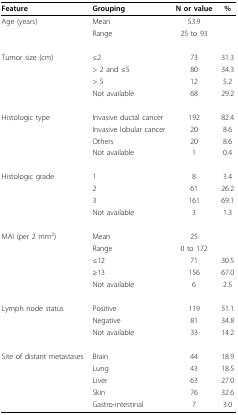
| Feature | Grouping | N or value | % |
 | --- | --- | --- | --- |
 | Age (years) | Mean | 53.9 |  |
 |  | Range | 25 to 93 |  |
 | Tumor size (cm) | ≤2 | 73 | 31.3 |
 |  | > 2 and ≤5 | 80 | 34.3 |
 |  | > 5 | 12 | 5.2 |
 |  | Not available | 68 | 29.2 |
 | Histologic type | Invasive ductal cancer | 192 | 82.4 |
 |  | Invasive lobular cancer | 20 | 8.6 |
 |  | Others | 20 | 8.6 |
 |  | Not available | 1 | 0.4 |
 | Histologic grade | 1 | 8 | 3.4 |
 |  | 2 | 61 | 26.2 |
 |  | 3 | 161 | 69.1 |
 |  | Not available | 3 | 1.3 |
 | MAI (per 2 mm2) | Mean | 25 |  |
 |  | Range | 0 to 172 |  |
 |  | ≤12 | 71 | 30.5 |
 |  | ≥13 | 156 | 67.0 |
 |  | Not available | 6 | 2.5 |
 | Lymph node status | Positive | 119 | 51.1 |
 |  | Negative | 81 | 34.8 |
 |  | Not available | 33 | 14.2 |
 | Site of distant metastases | Brain | 44 | 18.9 |
 |  | Lung | 43 | 18.5 |
 |  | Liver | 63 | 27.0 |
 |  | Skin | 76 | 32.6 |
 |  | Gastro-intestinal | 7 | 3.0 |